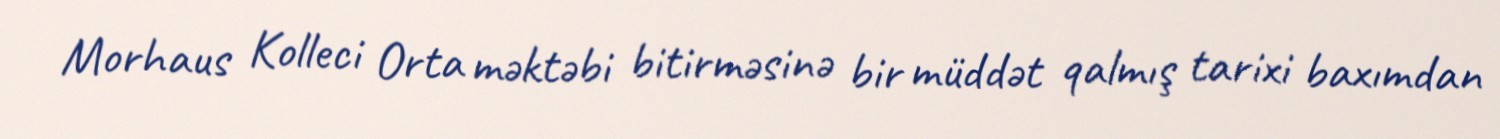
Morhaus Kolleci Orta məktəbi bitirməsinə bir müddət qalmış tarixi baxımdan